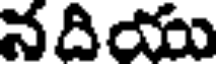
నదియు